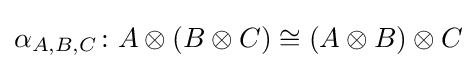
\alpha _{A,B,C}\colon A\otimes (B\otimes C)\cong (A\otimes B)\otimes C